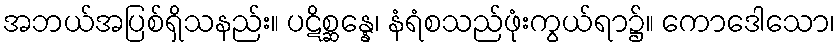
အဘယ်အပြစ်ရှိသနည်း။ ပဋိစ္ဆန္နေ၊ နံရံစသည်ဖုံးကွယ်ရာ၌။ ကောဒေါသော၊